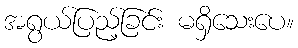
အရွယ်ပြည့်ခြင်း မရှိသေးပေ။